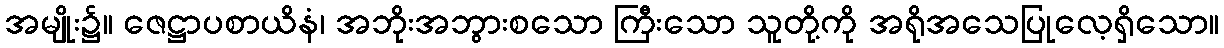
အမျိုး၌။ ဇေဋ္ဌာပစာယိနံ၊ အဘိုးအဘွားစသော ကြီးသော သူတို့ကို အရိုအသေပြုလေ့ရှိသော။